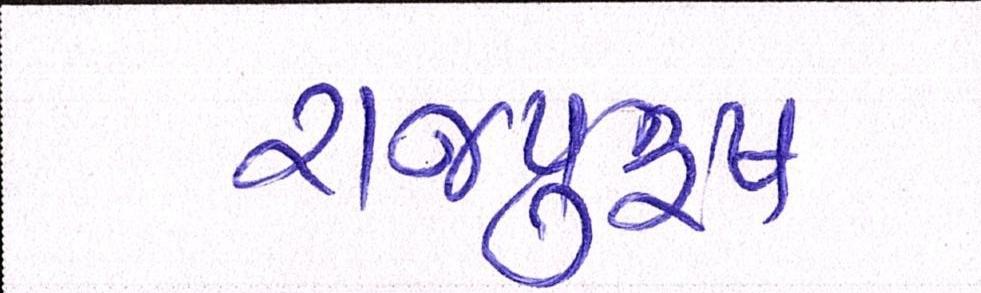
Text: રાજપુરુષ